Bombay plague: being a history of the progress of plague in the Bombay presidency from September 1896 to June 1899
Year: 1896
Disease focus: Plague
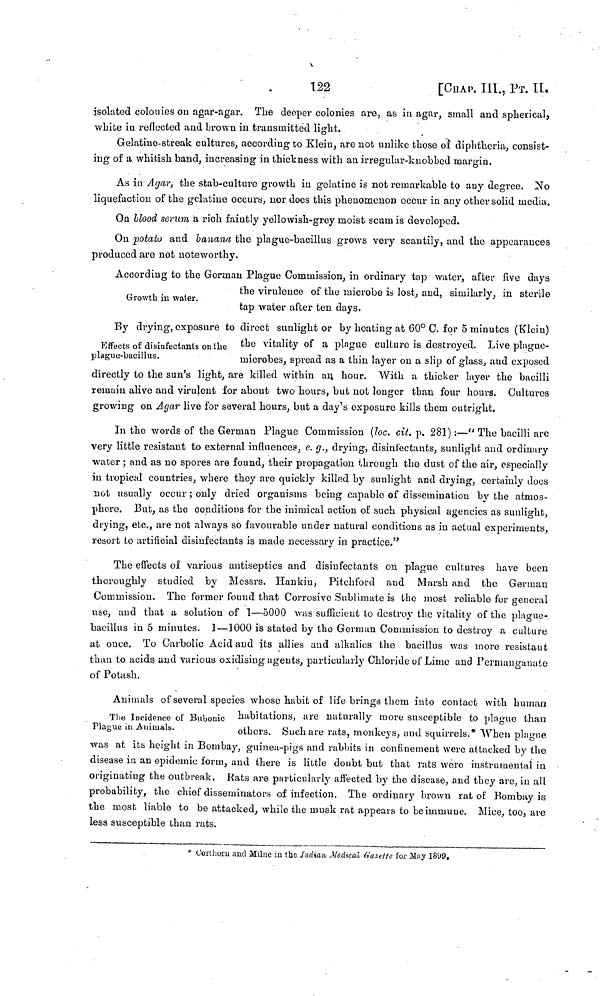
122
[CHAP.
III., ΡT. II
isolated colonies on agar-agar. The deeper colonies are, as in agar, small and spherical,
white in reflected and brown in transmitted light.
Gelatine-streak cultures, according to Klein, are not unlike those of diphtheria, consist-
ing of a whitish band, increasing in thickness with an irregular-knobbed margin.
As in Agar, the stab-culture growth in gelatine is not remarkable to any degree. No
liquefaction of the gelatine occurs, nor does this phenomenon occur in any other solid media.
On blood serum a rich faintly yellowish-grey moist scum is developed.
On potato and banana the plague-bacillus grows very scantily, and the appearances
produced are not noteworthy.
Growth in water.
According to the German Plague Commission, in ordinary tap water, after five days
the virulence of the microbe is lost, and, similarly, in sterile
tap water after ten days.
Effects of disinfectants on the
plague-bacillus.
By drying, exposure to direct sunlight or by heating at 60° C. for 5 minutes (Klein)
the vitality of a plague culture is destroyed. Live plague-
microbes, spread as a thin layer ou a slip of glass, and exposed
directly to the sun's light, are killed within an hour. With a thicker layer the bacilli
remain alive and virulent for about two hours, but not longer than four hours. Cultures
growing on Agar live for several hours, but a day's exposure kills them outright.
In the words of the German Plague Commission (loc. cit. p. 281) :—"The bacilli are
very little resistant to external influences, e. g., drying, disinfectants, sunlight and ordinary
water ; and as no spores are found, their propagation through the dust of the air, especially
in tropical countries, where they are quickly killed by sunlight and drying, certainly does
not usually occur ; only dried organisms being capable of dissemination by the atmos-
phere. But, as the conditions for the inimical action of such physical agencies as sunlight,
drying, etc., are not always so favourable under natural conditions as in actual experiments,
resort to artificial disinfectants is made necessary in practice."
The effects of various antiseptics and disinfectants on plague cultures have been
thoroughly studied by Messrs. Hankin, Pitchford and Marsh and the German
Commission. The former found that Corrosive Sublimate is the most reliable for general
use, and that a solution of 1—5000 was sufficient to destroy the vitality of the plague-
bacillus in 5 minutes. 1—1000 is stated by the German Commission to destroy a culture
at once. To Carbolic Acid and its allies and alkalies the bacillus was more resistant
than to acids and various oxidising agents, particularly Chloride of Lime and Permanganate
of Potash.
The Incidence of Bubonic
Plague in Animals.
Animals of several species whose habit of life brings them into contact with human
habitations, are naturally more susceptible to plague than
others. Such are rats, monkeys, and squirrels.* When plague
was at its height in Bombay, guinea-pigs and rabbits in confinement were attacked by the
disease in an epidemic form, and there is little doubt but that rats were instrumental in
originating the outbreak, Rats are particularly affected by the disease, and they are, in all
probability, the chief disseminators of infection. The ordinary brown rat of Bombay is
the most liable to be attacked, while the musk rat appears to be immune. Mice, too, are
less susceptible than rats.
* Corthorn and Milne in the Indian Medical Gazette for May 1899.